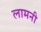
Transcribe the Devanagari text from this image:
लामनी